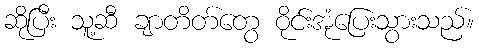
ဆိုပြီး သူ့ဆီ ချာတိတ်တွေ ဝိုင်းအုံပြေးသွားသည်။